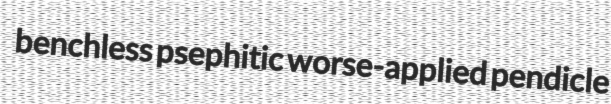
benchless psephitic worse-applied pendicle